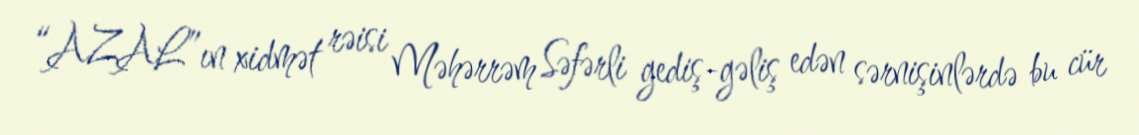
“AZAL”ın xidmət rəisi Məhərrəm Səfərli gediş-gəliş edən sərnişinlərdə bu cür